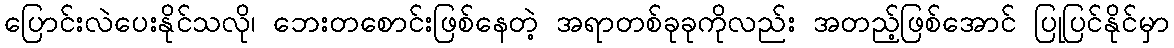
ပြောင်းလဲပေးနိုင်သလို၊ ဘေးတစောင်းဖြစ်နေတဲ့ အရာတစ်ခုခုကိုလည်း အတည့်ဖြစ်အောင် ပြုပြင်နိုင်မှာ